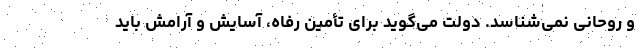
و روحانی نمی‌شناسد. دولت می‌گوید برای تأمین رفاه، آسایش و آرامش باید